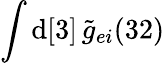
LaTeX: \int\mathrm{d}[3]\, \widetilde{g}_{ei}(32)